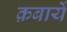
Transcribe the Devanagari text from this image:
क़बायें